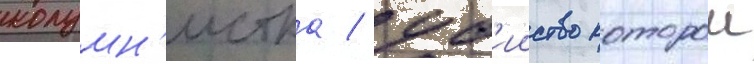
колумн'истка / уб'ииство которои